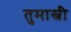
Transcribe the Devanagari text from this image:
तुमास्नी